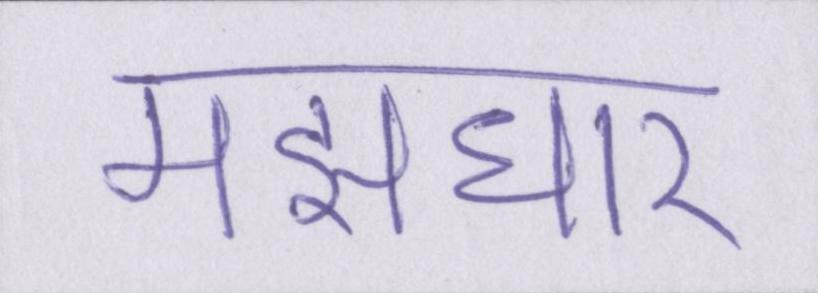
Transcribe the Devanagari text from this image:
मझधार